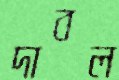
দাবল